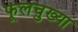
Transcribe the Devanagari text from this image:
फूलचुख्या